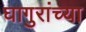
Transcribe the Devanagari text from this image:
घागुरांच्या